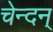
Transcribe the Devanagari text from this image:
चेन्दन्